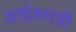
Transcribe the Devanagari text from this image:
आईआरडी